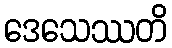
ဒေသေဿတိ